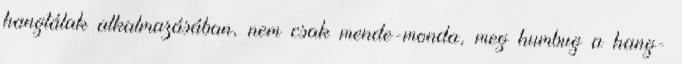
hangtálak alkalmazásában, nem csak mende-monda, meg humbug a hang-